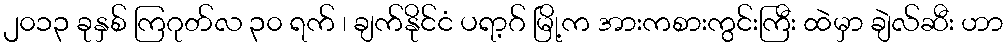
၂၀၁၃ ခုနှစ် ကြဂုတ်လ ၃၀ ရက် ၊ ချက်နိုင်ငံ ပရာ့ဂ် မြို့က အားကစားကွင်းကြီး ထဲမှာ ချဲလ်ဆီး ဟာ